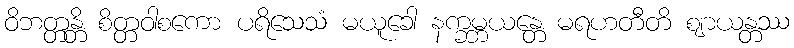
ဝိဘတ္တန္တိ စိတ္တဝါစကော ပရိသေသံ မယူခေါ နက္ခမ္ဘယန္တေ မရဟတီတိ ဈာယန္တဿ